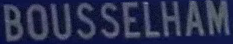
BOUSSELHAM